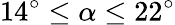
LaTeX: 14^{\circ}\le\alpha\le 22^{\circ}